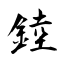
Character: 錴